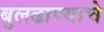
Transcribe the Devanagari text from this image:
बुलढाण्याचे